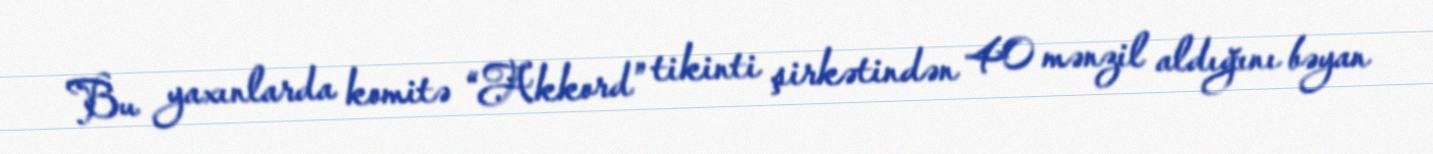
Bu yaxınlarda komitə “Akkord” tikinti şirkətindən 40 mənzil aldığını bəyan